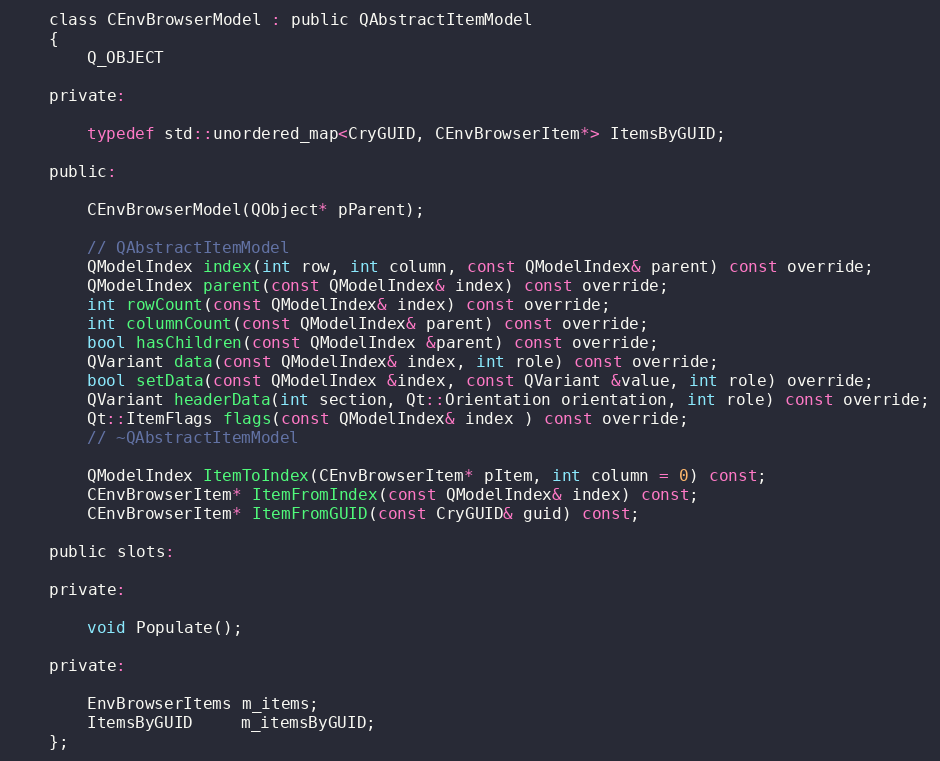
Language: C
	class CEnvBrowserModel : public QAbstractItemModel
	{
		Q_OBJECT

	private:

		typedef std::unordered_map<CryGUID, CEnvBrowserItem*> ItemsByGUID;

	public:

		CEnvBrowserModel(QObject* pParent);

		// QAbstractItemModel
		QModelIndex index(int row, int column, const QModelIndex& parent) const override;
		QModelIndex parent(const QModelIndex& index) const override;
		int rowCount(const QModelIndex& index) const override;
		int columnCount(const QModelIndex& parent) const override;
		bool hasChildren(const QModelIndex &parent) const override;
		QVariant data(const QModelIndex& index, int role) const override;
		bool setData(const QModelIndex &index, const QVariant &value, int role) override;
		QVariant headerData(int section, Qt::Orientation orientation, int role) const override;
		Qt::ItemFlags flags(const QModelIndex& index ) const override;
		// ~QAbstractItemModel

		QModelIndex ItemToIndex(CEnvBrowserItem* pItem, int column = 0) const;
		CEnvBrowserItem* ItemFromIndex(const QModelIndex& index) const;
		CEnvBrowserItem* ItemFromGUID(const CryGUID& guid) const;

	public slots:

	private:

		void Populate();

	private:

		EnvBrowserItems m_items;
		ItemsByGUID     m_itemsByGUID;
	};